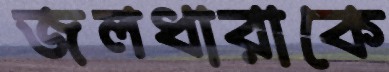
জলধারাকে